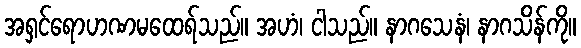
အရှင်ရောဟဏမထေရ်သည်။ အဟံ၊ ငါသည်။ နာဂသေနံ၊ နာဂသိန်ကို။